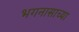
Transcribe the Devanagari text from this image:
भगनासाच्या